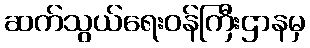
ဆက်သွယ်ရေးဝန်ကြီးဌာနမှ